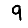
Digit: 9